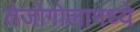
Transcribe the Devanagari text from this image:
तेजोगोलामध्ये